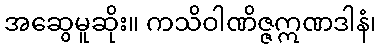
အဆွေမူဆိုး။ ကသိဝါဏိဇ္ဇဣဏဒါနံ၊